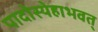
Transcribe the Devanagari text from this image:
पादोस्येहाभवत्